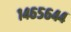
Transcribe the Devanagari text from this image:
१४६५६४४